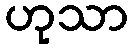
ဟုသာ